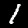
Label: 1